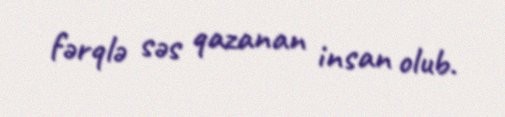
fərqlə səs qazanan insan olub.